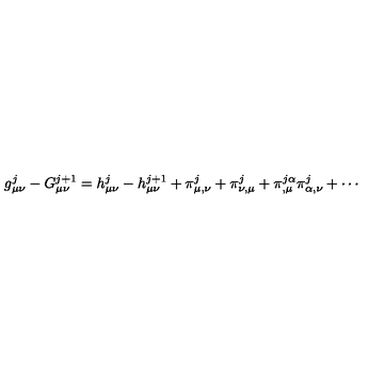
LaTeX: g _ { \mu \nu } ^ { j } - G _ { \mu \nu } ^ { j + 1 } = h _ { \mu \nu } ^ { j } - h _ { \mu \nu } ^ { j + 1 } + \pi _ { \mu , \nu } ^ { j } + \pi _ { \nu , \mu } ^ { j } + \pi _ { , \mu } ^ { j \alpha } \pi _ { \alpha , \nu } ^ { j } + \cdots